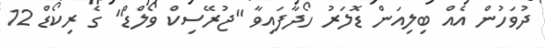
ދުވަހުން އެއް ބިލިއަން ޑޮލަރު ހޯދާފައިވާ "ޖުރޭސިކް ވޯލްޑް" ގެ ރިކޯޑް 12